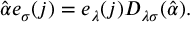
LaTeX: \hat { \alpha } e _ { \sigma } ( j ) = e _ { \lambda } ( j ) { \cal D } _ { \lambda \sigma } ( \hat { \alpha } ) .